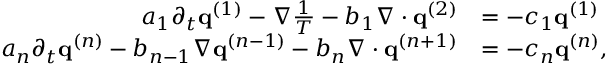
\begin{array} { r l } { a _ { 1 } \partial _ { t } \mathbf q ^ { ( 1 ) } - \nabla \frac { 1 } { T } - b _ { 1 } \nabla \cdot \mathbf q ^ { ( 2 ) } } & { = - c _ { 1 } \mathbf q ^ { ( 1 ) } } \\ { a _ { n } \partial _ { t } \mathbf q ^ { ( n ) } - b _ { n - 1 } \nabla \mathbf q ^ { ( n - 1 ) } - b _ { n } \nabla \cdot \mathbf q ^ { ( n + 1 ) } } & { = - c _ { n } \mathbf q ^ { ( n ) } , } \end{array}